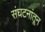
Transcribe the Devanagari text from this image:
संघटनांतून